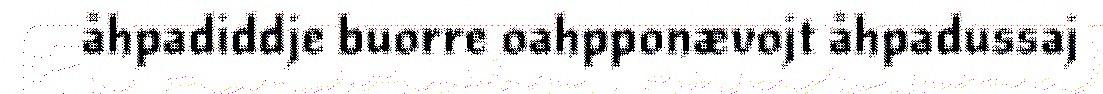
åhpadiddje buorre oahpponævojt åhpadussaj